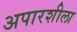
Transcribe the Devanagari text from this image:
अपारशीला